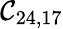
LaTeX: \mathcal{C}_{24,17}